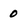
Character: 0